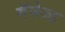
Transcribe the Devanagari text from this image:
मॅनेज्ड